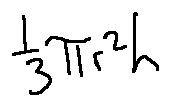
\frac { 1 } { 3 } \pi r ^ { 2 } h